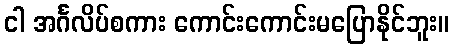
ငါ အင်္ဂလိပ်စကား ကောင်းကောင်းမပြောနိုင်ဘူး။